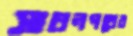
সাধনপথের